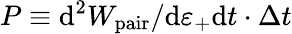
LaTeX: P\equiv\mathrm{d^{2}}W_{\mathrm{pair}}/\mathrm{d}\varepsilon_{+}\mathrm{d}t\cdot\Delta t